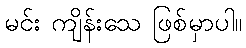
မင်း ကျိန်းသေ ဖြစ်မှာပါ။